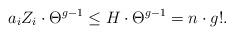
LaTeX: \begin{align*}a_i Z_i \cdot \Theta^{g-1} \le H \cdot \Theta^{g-1} = n \cdot g!.\end{align*}